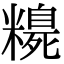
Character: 𥽃